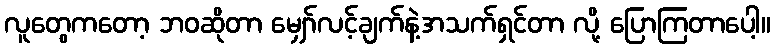
လူတွေကတော့ ဘဝဆိုတာ မျှော်လင့်ချက်နဲ့အသက်ရှင်တာ လို့ ပြောကြတာပေါ့။